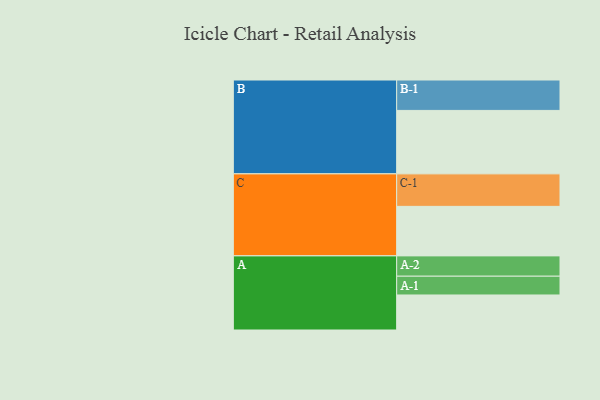
{"axis": {"x": "Segment", "y": "Value"}, "legend": ["", "A", "B", "C"], "data": [{"x": "A", "y": 319, "type": ""}, {"x": "B", "y": 578, "type": ""}, {"x": "C", "y": 451, "type": ""}, {"x": "A-1", "y": 171, "type": "A"}, {"x": "A-2", "y": 185, "type": "A"}, {"x": "B-1", "y": 277, "type": "B"}, {"x": "C-1", "y": 296, "type": "C"}]}